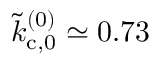
\tilde { k } _ { \mathrm { c } , 0 } ^ { ( 0 ) } \simeq 0 . 7 3